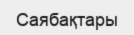
Саябақтары